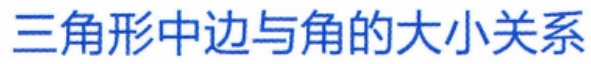
三角形中边与角的大小关系